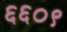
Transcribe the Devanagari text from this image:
६६०९